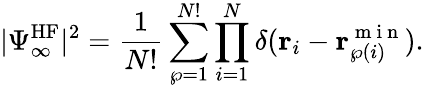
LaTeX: |\Psi_{\infty}^{\mathrm{HF}}|^{2}=\frac{1}{N!}\sum_{\wp=1}^{N!}\prod_{i=1}^{N}\delta(\mathbf{r}_{i}-\mathbf{r}_{\wp(i)}^{\mathrm{~m~i~n~}}).